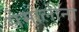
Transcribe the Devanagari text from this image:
सेमोलीना